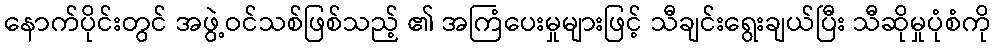
နောက်ပိုင်းတွင် အဖွဲ့ဝင်သစ်ဖြစ်သည့် ၏ အကြံပေးမှုများဖြင့် သီချင်းရွေးချယ်ပြီး သီဆိုမှုပုံစံကို